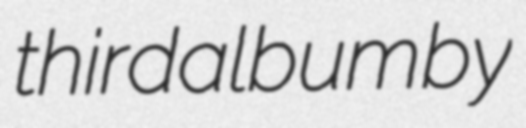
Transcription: third album by